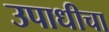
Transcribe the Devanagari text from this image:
उपाधीचा